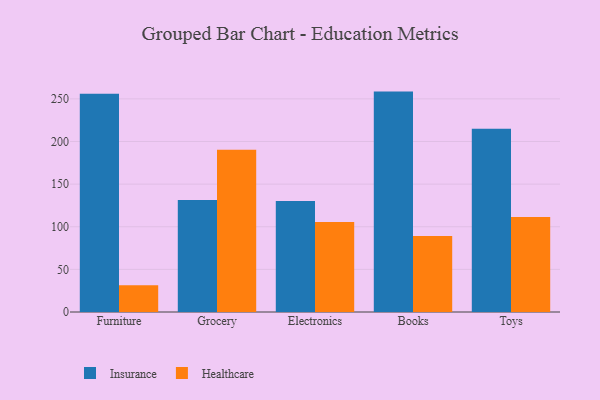
{"axis": {"x": "Category", "y": "Inventory Turnover"}, "legend": ["Healthcare", "Insurance"], "data": [{"x": "Furniture", "y": 255.9, "type": "Insurance"}, {"x": "Furniture", "y": 31.5, "type": "Healthcare"}, {"x": "Grocery", "y": 131.3, "type": "Insurance"}, {"x": "Grocery", "y": 190.2, "type": "Healthcare"}, {"x": "Electronics", "y": 130.2, "type": "Insurance"}, {"x": "Electronics", "y": 105.6, "type": "Healthcare"}, {"x": "Books", "y": 258.5, "type": "Insurance"}, {"x": "Books", "y": 89.0, "type": "Healthcare"}, {"x": "Toys", "y": 215.0, "type": "Insurance"}, {"x": "Toys", "y": 111.5, "type": "Healthcare"}]}